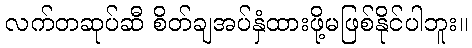
လက်တဆုပ်ဆီ စိတ်ချအပ်နှံထားဖို့မဖြစ်နိုင်ပါဘူး။